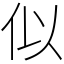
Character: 似